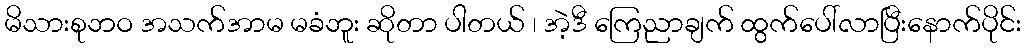
မိသားစုဘဝ အသက်အာမ မခံဘူး ဆိုတာ ပါတယ် ၊ အဲ့ဒီ ကြေညာချက် ထွက်ပေါ်လာပြီးနောက်ပိုင်း